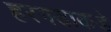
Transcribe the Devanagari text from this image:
हरगडाकडे